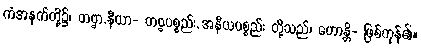
ကံအနက်တို့၌၊ တဗ္ဗာ.နီယာ- တဗ္ဗပစ္စည်း, အနီယပစ္စည်း တို့သည်၊ ဟောန္တိ- ဖြစ်ကုန်၏။